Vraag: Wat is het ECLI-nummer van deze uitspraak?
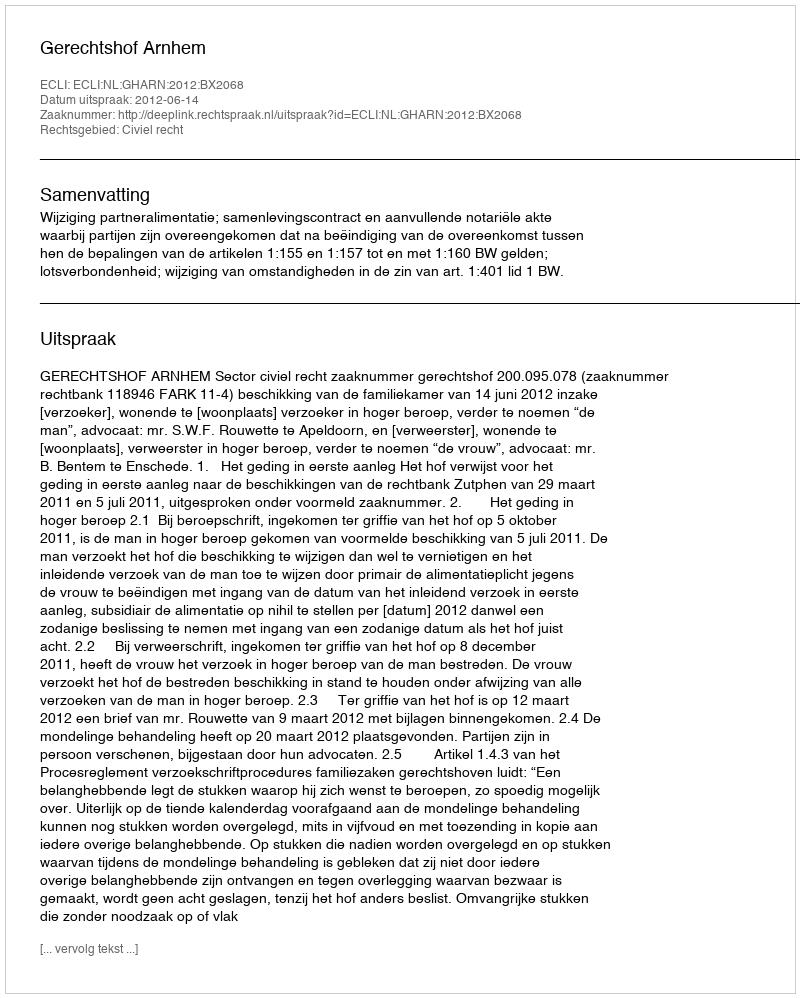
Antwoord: ECLI:NL:GHARN:2012:BX2068